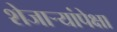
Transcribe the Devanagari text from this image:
शेजाऱ्यांपेक्षा